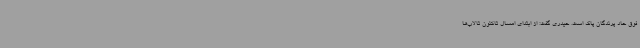
فوق حاد پرندگان پاک است. حیدری گفت: از ابتدای امسال تاکنون تالاب‌ها